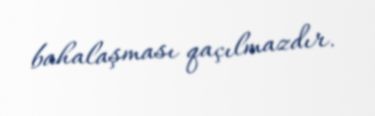
bahalaşması qaçılmazdır.